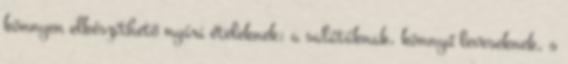
könnyen elkészíthető nyári ételeknek: a salátáknak, könnyű leveseknek, s